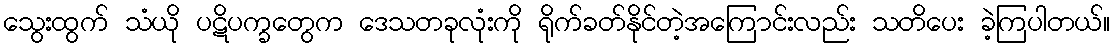
သွေးထွက် သံယို ပဋိပက္ခတွေက ဒေသတခုလုံးကို ရိုက်ခတ်နိုင်တဲ့အကြောင်းလည်း သတိပေး ခဲ့ကြပါတယ်။